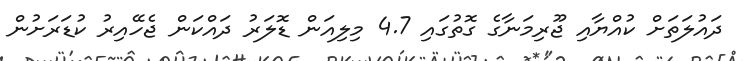
ދައުލަތަށް ކުއްޔާއި ޖޫރިމަނާގެ ގޮތުގައި 4.7 މިލިއަން ޑޮލަރު ދައްކަން ޖެހޭއިރު ކުޑަރަށުން